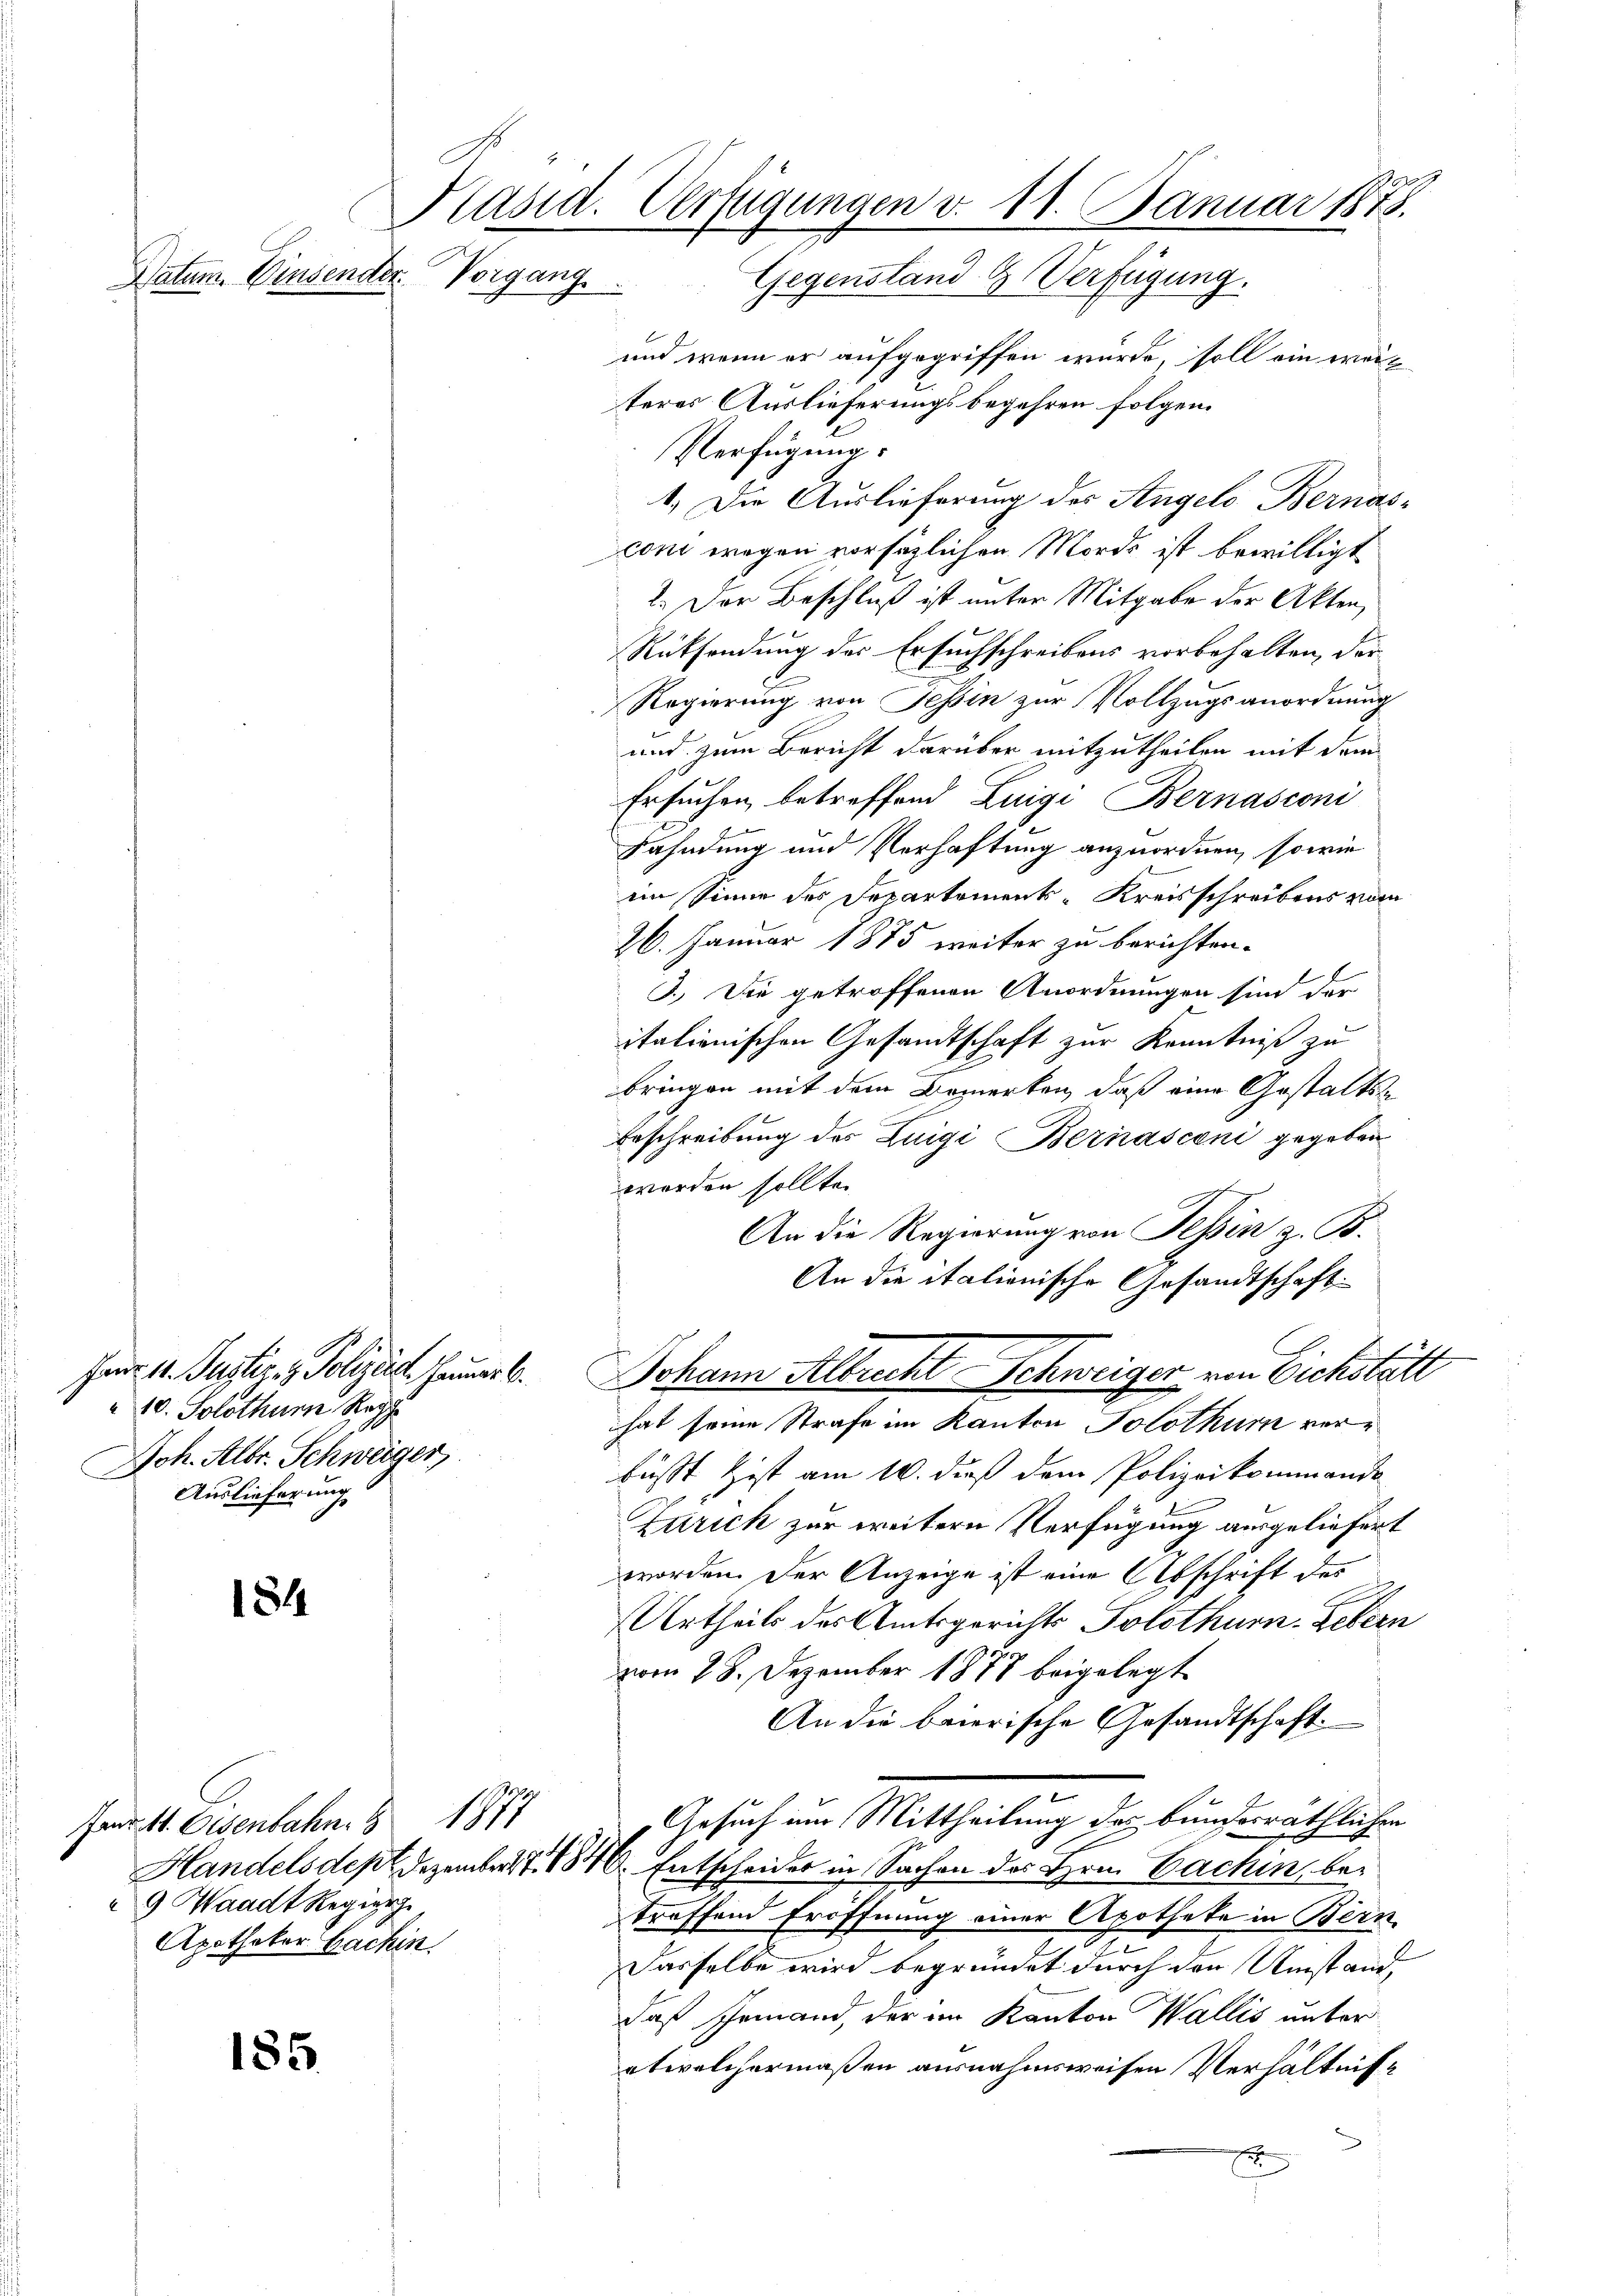
Datum. Einsender Vorgang

184

185.

10. Solothurn Re
Joh. Albr. Schweiger
Auslieferung

Präsid. Verfügungen v. 11. Januar 1878.
Gegenstand G. Verfügung.

Janr. 11. Osenbahn. 8 1877
9 Waadt Regier
Apotheker Hachin.

B
und wenn er aufgegriffen würde, soll ein weis
teres Auslieferungsbegehren folgen.
Verfügung:
1.) Die Auslieferung des Angelo Bernasconi wegen vorsätzlichen Morde ist bewilligt
2. Der Beschluß ist unter Mitgabe der Akten,
Rücksendung des Ersuchschreibens vorbehalten, der
Regierung von Tessin zur Vollzugsanordnung
und zum Bericht darüber mitzutheilen mit dem
Ersuchen betreffend Luigi Bernasconi
Fahndung und Verhaftung anzuordnen, sowie
im Sinne des Departement-Kreisschreibens vom
26. Januar 1875 weiter zu berichten.
3.) Die getroffenen Anordnungen sind der
itationischen Gesandtschaft zur Kenntniß zu
bringen mit dem Bommerten, daß eine Gestalts
Erschreibung des Zuigi Bernasconi gegeben
worden sollte.
An die Regierung von Tessin z. B.
An die italionische Gesandtschaft.
Fez u. Justiz & Polizei heuer l. Johann Albrecht Schweiger von Eichstätt
hat seine Strafe im Kanton Solothur vorbüsst Zist am 16. dieß dem Polizeikommande
Zürich zur weitern Verfügung ausgeliefert
worden. Der Anzeige ist eine Abschrift des
Urtheils der Amtsgerichts Solothurn. Febern
vom 28. Dezember 1878 beigelegt
An die baierische Gesandtschaft
Gesuch um Mittheilung der bunderäthlichen
Handelsdept. Dezember 1884. Entscheider in Sachen des Hrn. Bachin, betreffend Eröffnung einer Apotheke in Bern
Dasselbe wird begründet durch den Umstand,
daß Jemand, der im Kanton Wallis unter
etwelchermaßen ausnahmsweisen Verhältnisse
E